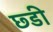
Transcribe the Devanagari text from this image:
छ्डी